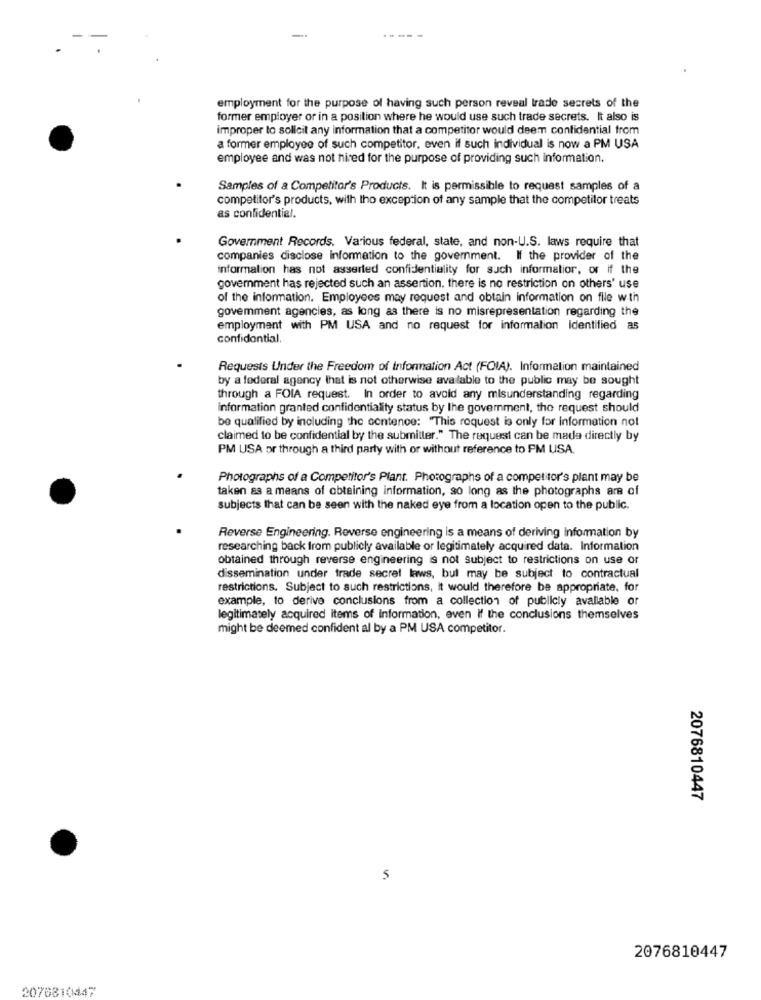
employment for the purpose of having such person reveal trade secrets of the
former employer or in a position where he would use such trade secrets. It also is
improper to sollcit any information that a competitor would deem confidential from
a former employee of such competitor, even if such individual is now a PM USA
employee and was not hired for the purpose of providing such information.
Samples of a Competitor's Products. It is permissible to request samples of a
competitor's products, with tho exception of any sample that the competitor treats
as confidential.
Government Records. Various federal, state, and non-U.S. laws require that
companies disclose information to the government. If the provider of the
information has not asserted confidentiality for such information, or if the
government has rejected such an assertion, there is no restriction on others' use
of the information. Employees may request and obtain information on file with
govemment agencies, as long as there is no misrepresentation regarding the
employment with PM USA and no request for information identified as
confidential.
Requests Under the Freedom of Information Act (FOIA). Information maintained
by a federal agency that is not otherwise available to the public may be sought
through a FOIA request. In order to avoid any misunderstanding regarding
information granted confidentiality status by the government, the request should
be qualified by including the sentence: "This request is only for information not
claimed to be confidential by the submitter." The request can be made directly by
PM USA or through a third party with or without reference to PM USA.
Photographs of a Competitor's Plant. Photographs of a competitor's plant may be
taken as a means of obtaining information, so long as the photographs are of
subjects that can be seen with the naked eye from a location open to the public.
Reverse Engineering. Reverse engineering is a means of deriving information by
researching back from publicly available or legitimately acquired data. Information
obtained through reverse engineering is not subject to restrictions on use or
dissemination under trade secret laws, but may be subject to contractual
restrictions. Subject to such restrictions, it would therefore be appropriate. for
example, to derive conclusions from a collection of publicly available or
legitimately acquired items of Information, even If the conclusions themselves
might be deemed confident al by a PM USA competitor.
2076810447
5
2076810447
2076810447